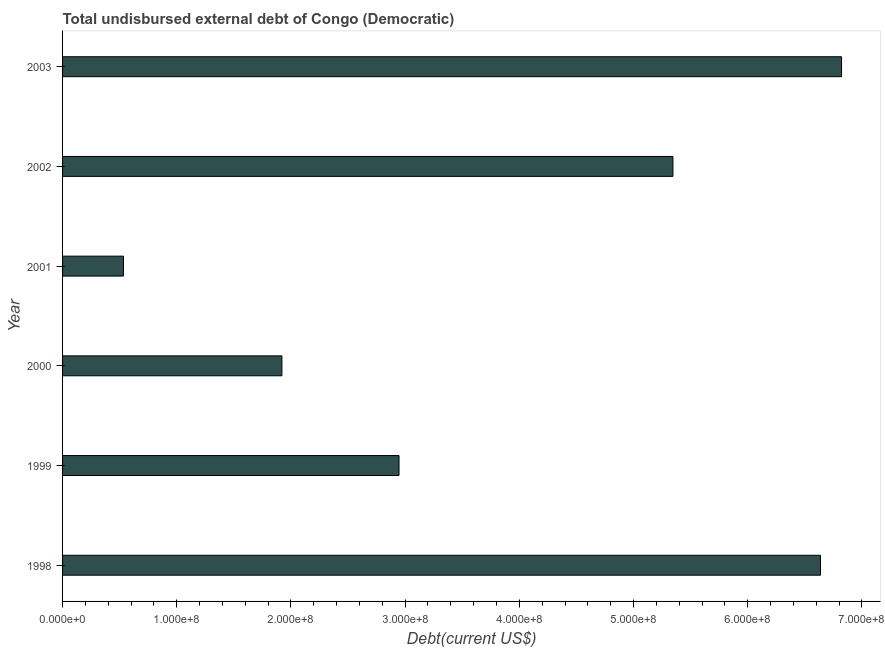
| Year | Total debt |
 | --- | --- |
 | 1998 | 6.64e+08 |
 | 1999 | 2.95e+08 |
 | 2000 | 1.92e+08 |
 | 2001 | 5.33e+07 |
 | 2002 | 5.35e+08 |
 | 2003 | 6.82e+08 |